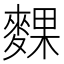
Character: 䴹